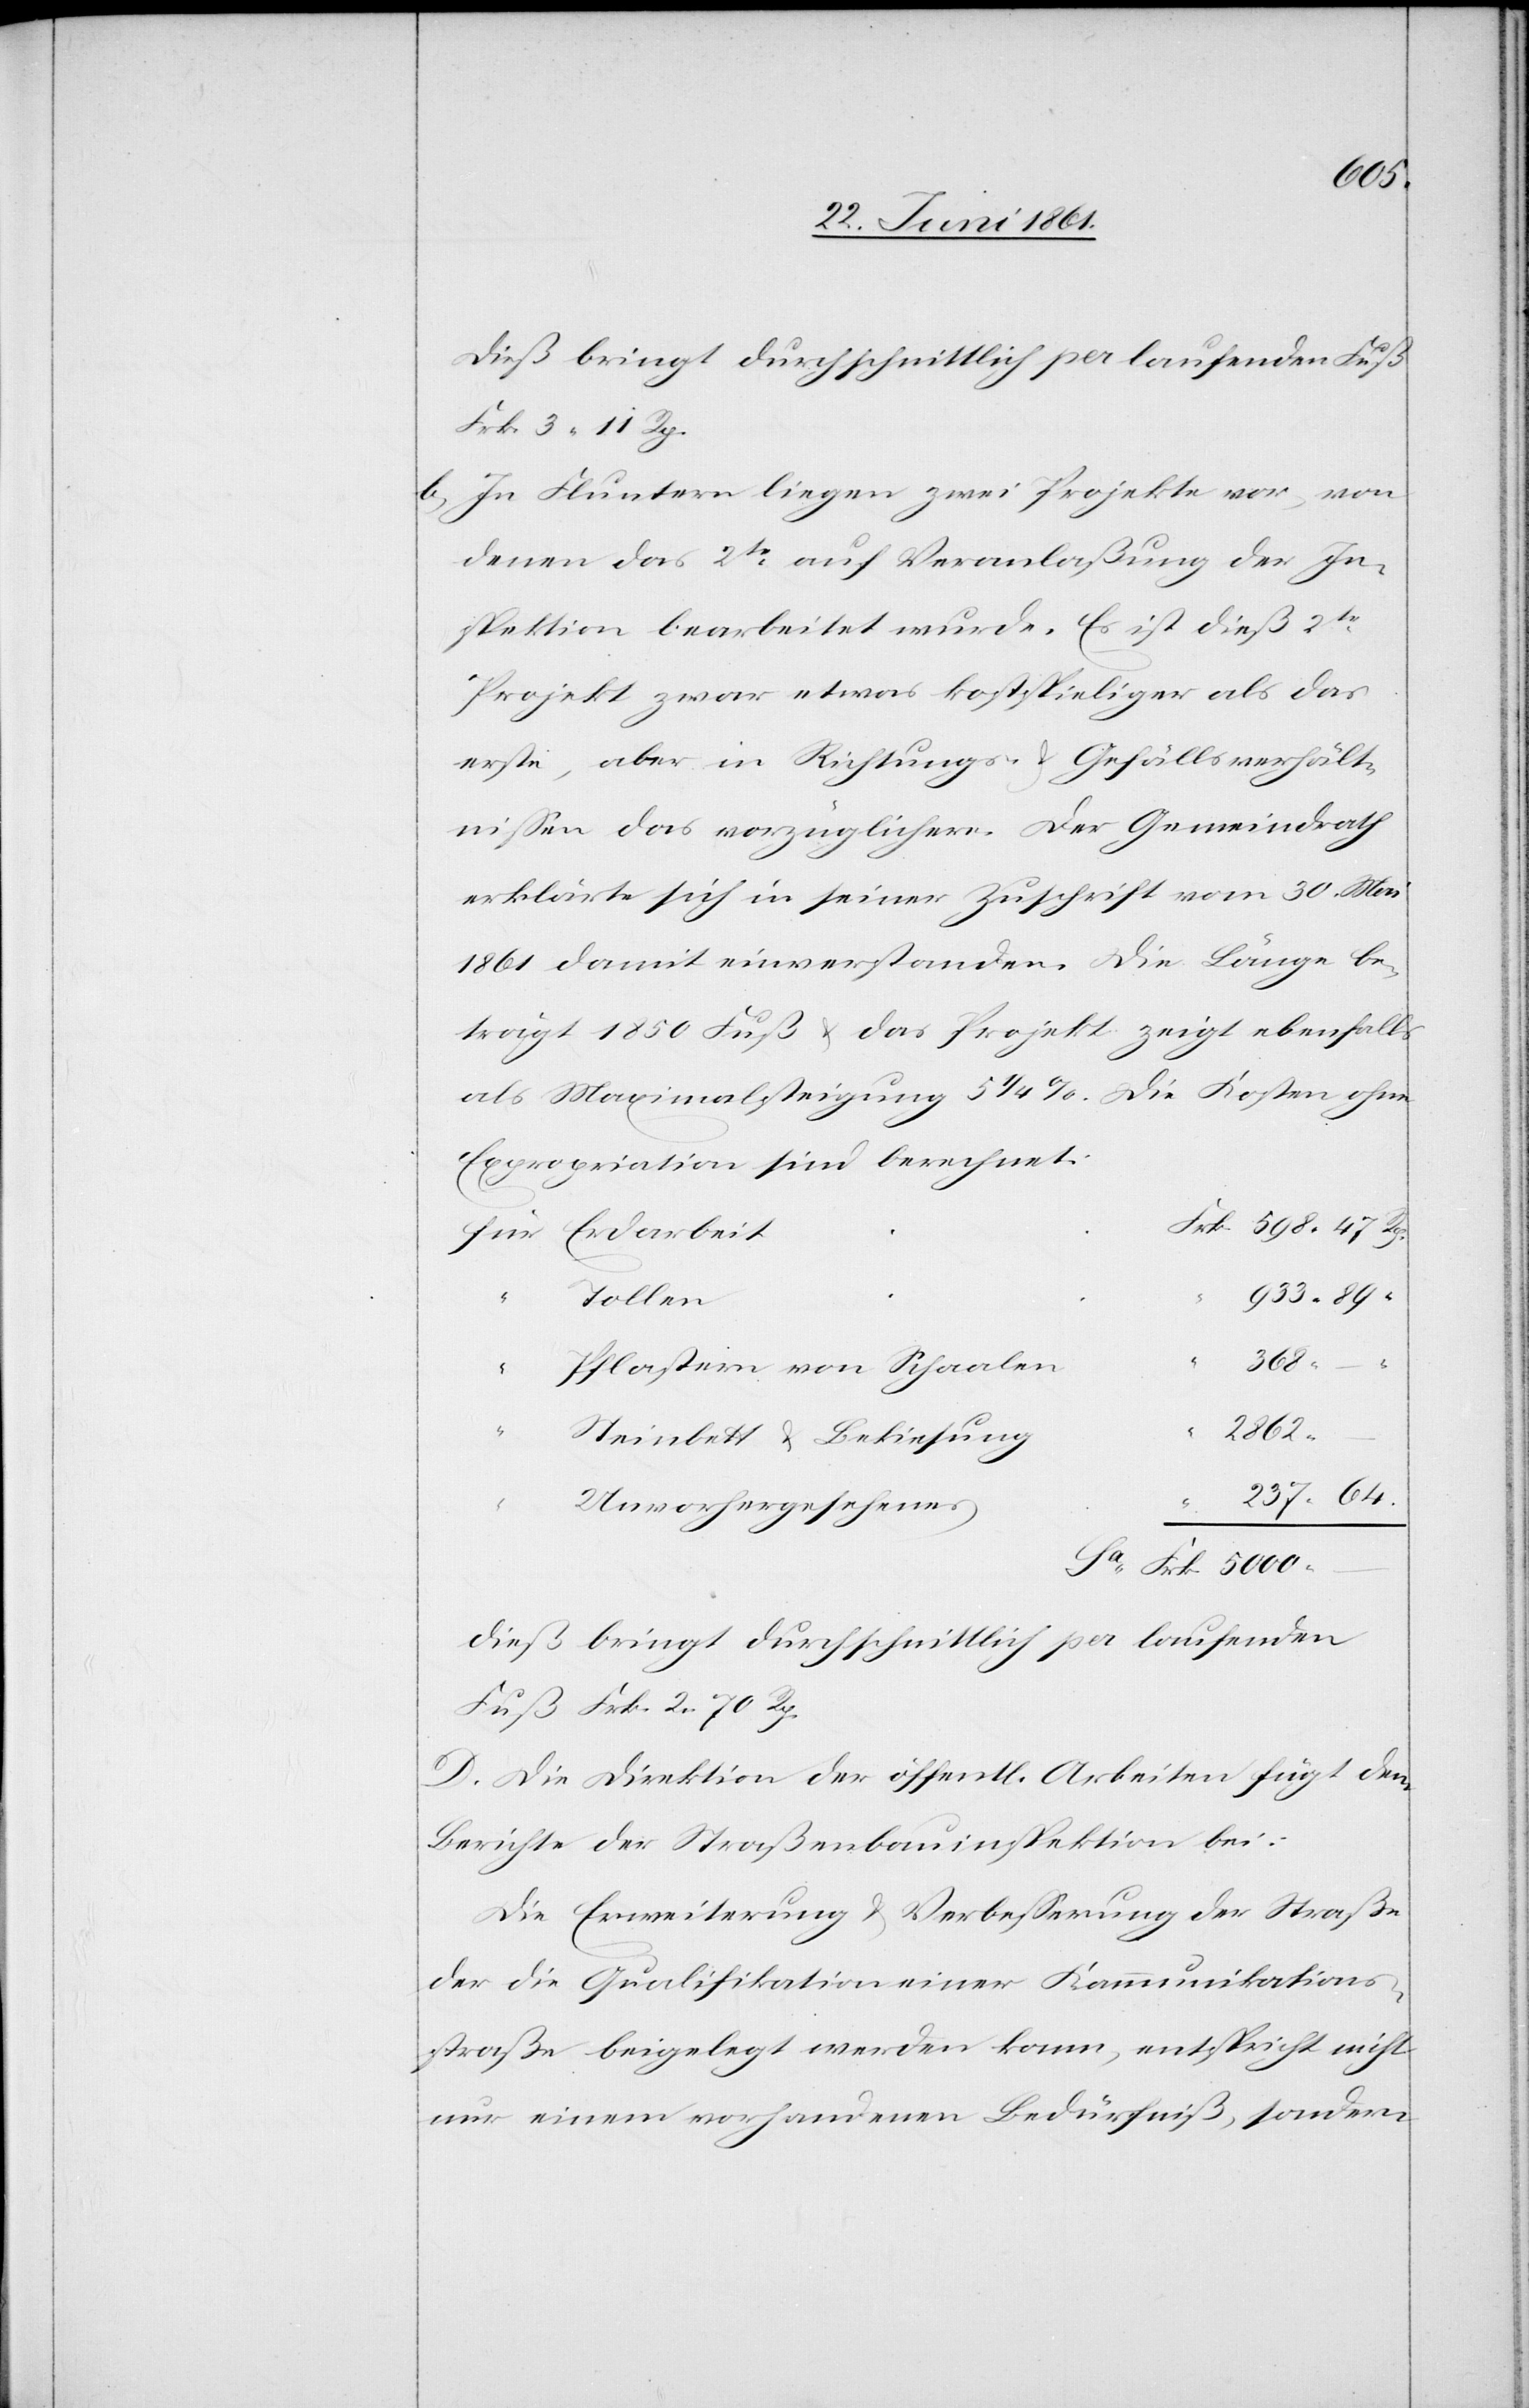
Dieß bringt durchschnittlich per laufenden Fuß
Frk. 3 11 Rp.
b) In Fluntern liegen zwei Projekte vor, von
denen das 2te auf Veranlaßung der In¬
spektion bearbeitet wurde. Es ist dieß 2te
Projekt zwar etwas kostspieliger als das
erste, aber in Richtung u. Gefällsverhält¬
nissen das vorzüglichere. Der Gemeindrath
erklärte sich in seiner Zuschrift vom 30. Mai
1861 damit einverstanden. Die Länge be¬
trägt 1850 Fuß u. das Projekt zeigt ebenfalls
als Maximalsteigung 5 1/4 %. Die Kosten ohne
Expropriation sind berechnet:
89
237
“
Tollen
Pflastein von Schaalen
Frk.
2862
Steinbett u. Bekiesung
Unvorhergesehenes
–
Dieß bringt durchschnittlich per laufenden
Fuß Frk. 2. 70 Rp.
D. Die Direktion der öffent[lichen] Arbeiten fügt dem
Berichte der Straßenbauinspektion bei:
Die Erweiterung u. Verbesserung der Straße
der die Qualifikation einer Kommunikations¬
straße beigelegt werden kann, entspricht nicht
nur einem vorhandenen Bedürfniß, sondern